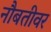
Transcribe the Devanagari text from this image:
नौबतीवर